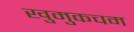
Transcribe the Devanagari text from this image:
खुमुकचम